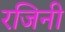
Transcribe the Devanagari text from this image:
रजिनी